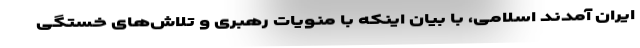
ایران آمدند اسلامی، با بیان اینکه با منویات رهبری و تلاش‌های خستگی